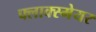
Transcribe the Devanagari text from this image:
फ्लाक्स्मेयर